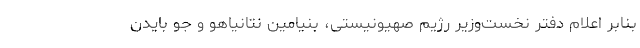
بنابر اعلام دفتر نخست‌وزیر رژیم صهیونیستی، بنیامین نتانیاهو و جو بایدن